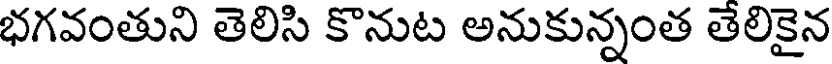
భగవంతుని తెలిసి కొనుట అనుకున్నంత తెలికైన